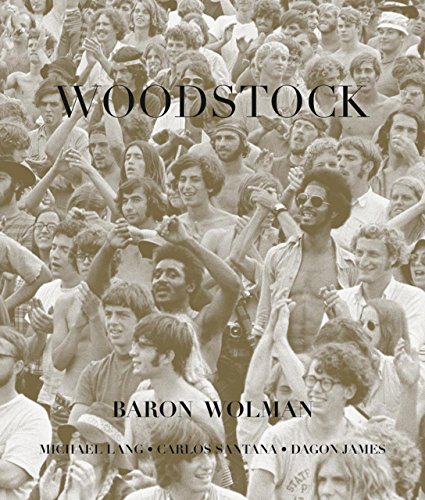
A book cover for Woodstock; Arts & Photography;